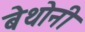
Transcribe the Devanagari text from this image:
बेथोनी